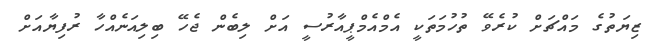
ޒިޔަތުގެ މައްޗަށް ކުރެވޭ ތުހުމަތަކީ އެމްއެމްޕީއާރުސީ އަށް ލިބެން ޖެހޭ ބިލިއަނެއްހާ ރުފިޔާއަށް